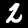
Label: 2